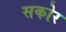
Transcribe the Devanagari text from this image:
सकोर